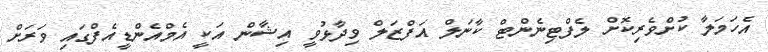
އެހަމަލާ ކުށްވެރިކޮށް ލެފްޓިނެންޓް ކާނަލް އަފްޒަލް ވިދާޅުވީ އިޝާން އަކީ އެމްއެންޑީއެފްގައި ވަރަށް